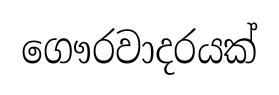
ගෞරවාදරයක්